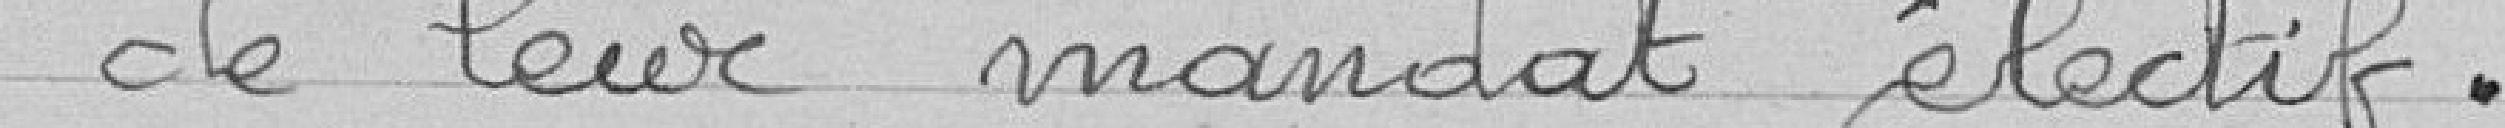
de leur mandat électif